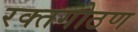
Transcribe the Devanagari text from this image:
रक्तगोठण